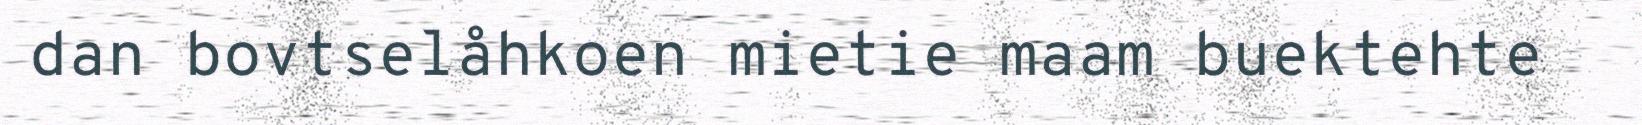
dan bovtselåhkoen mietie maam buektehte